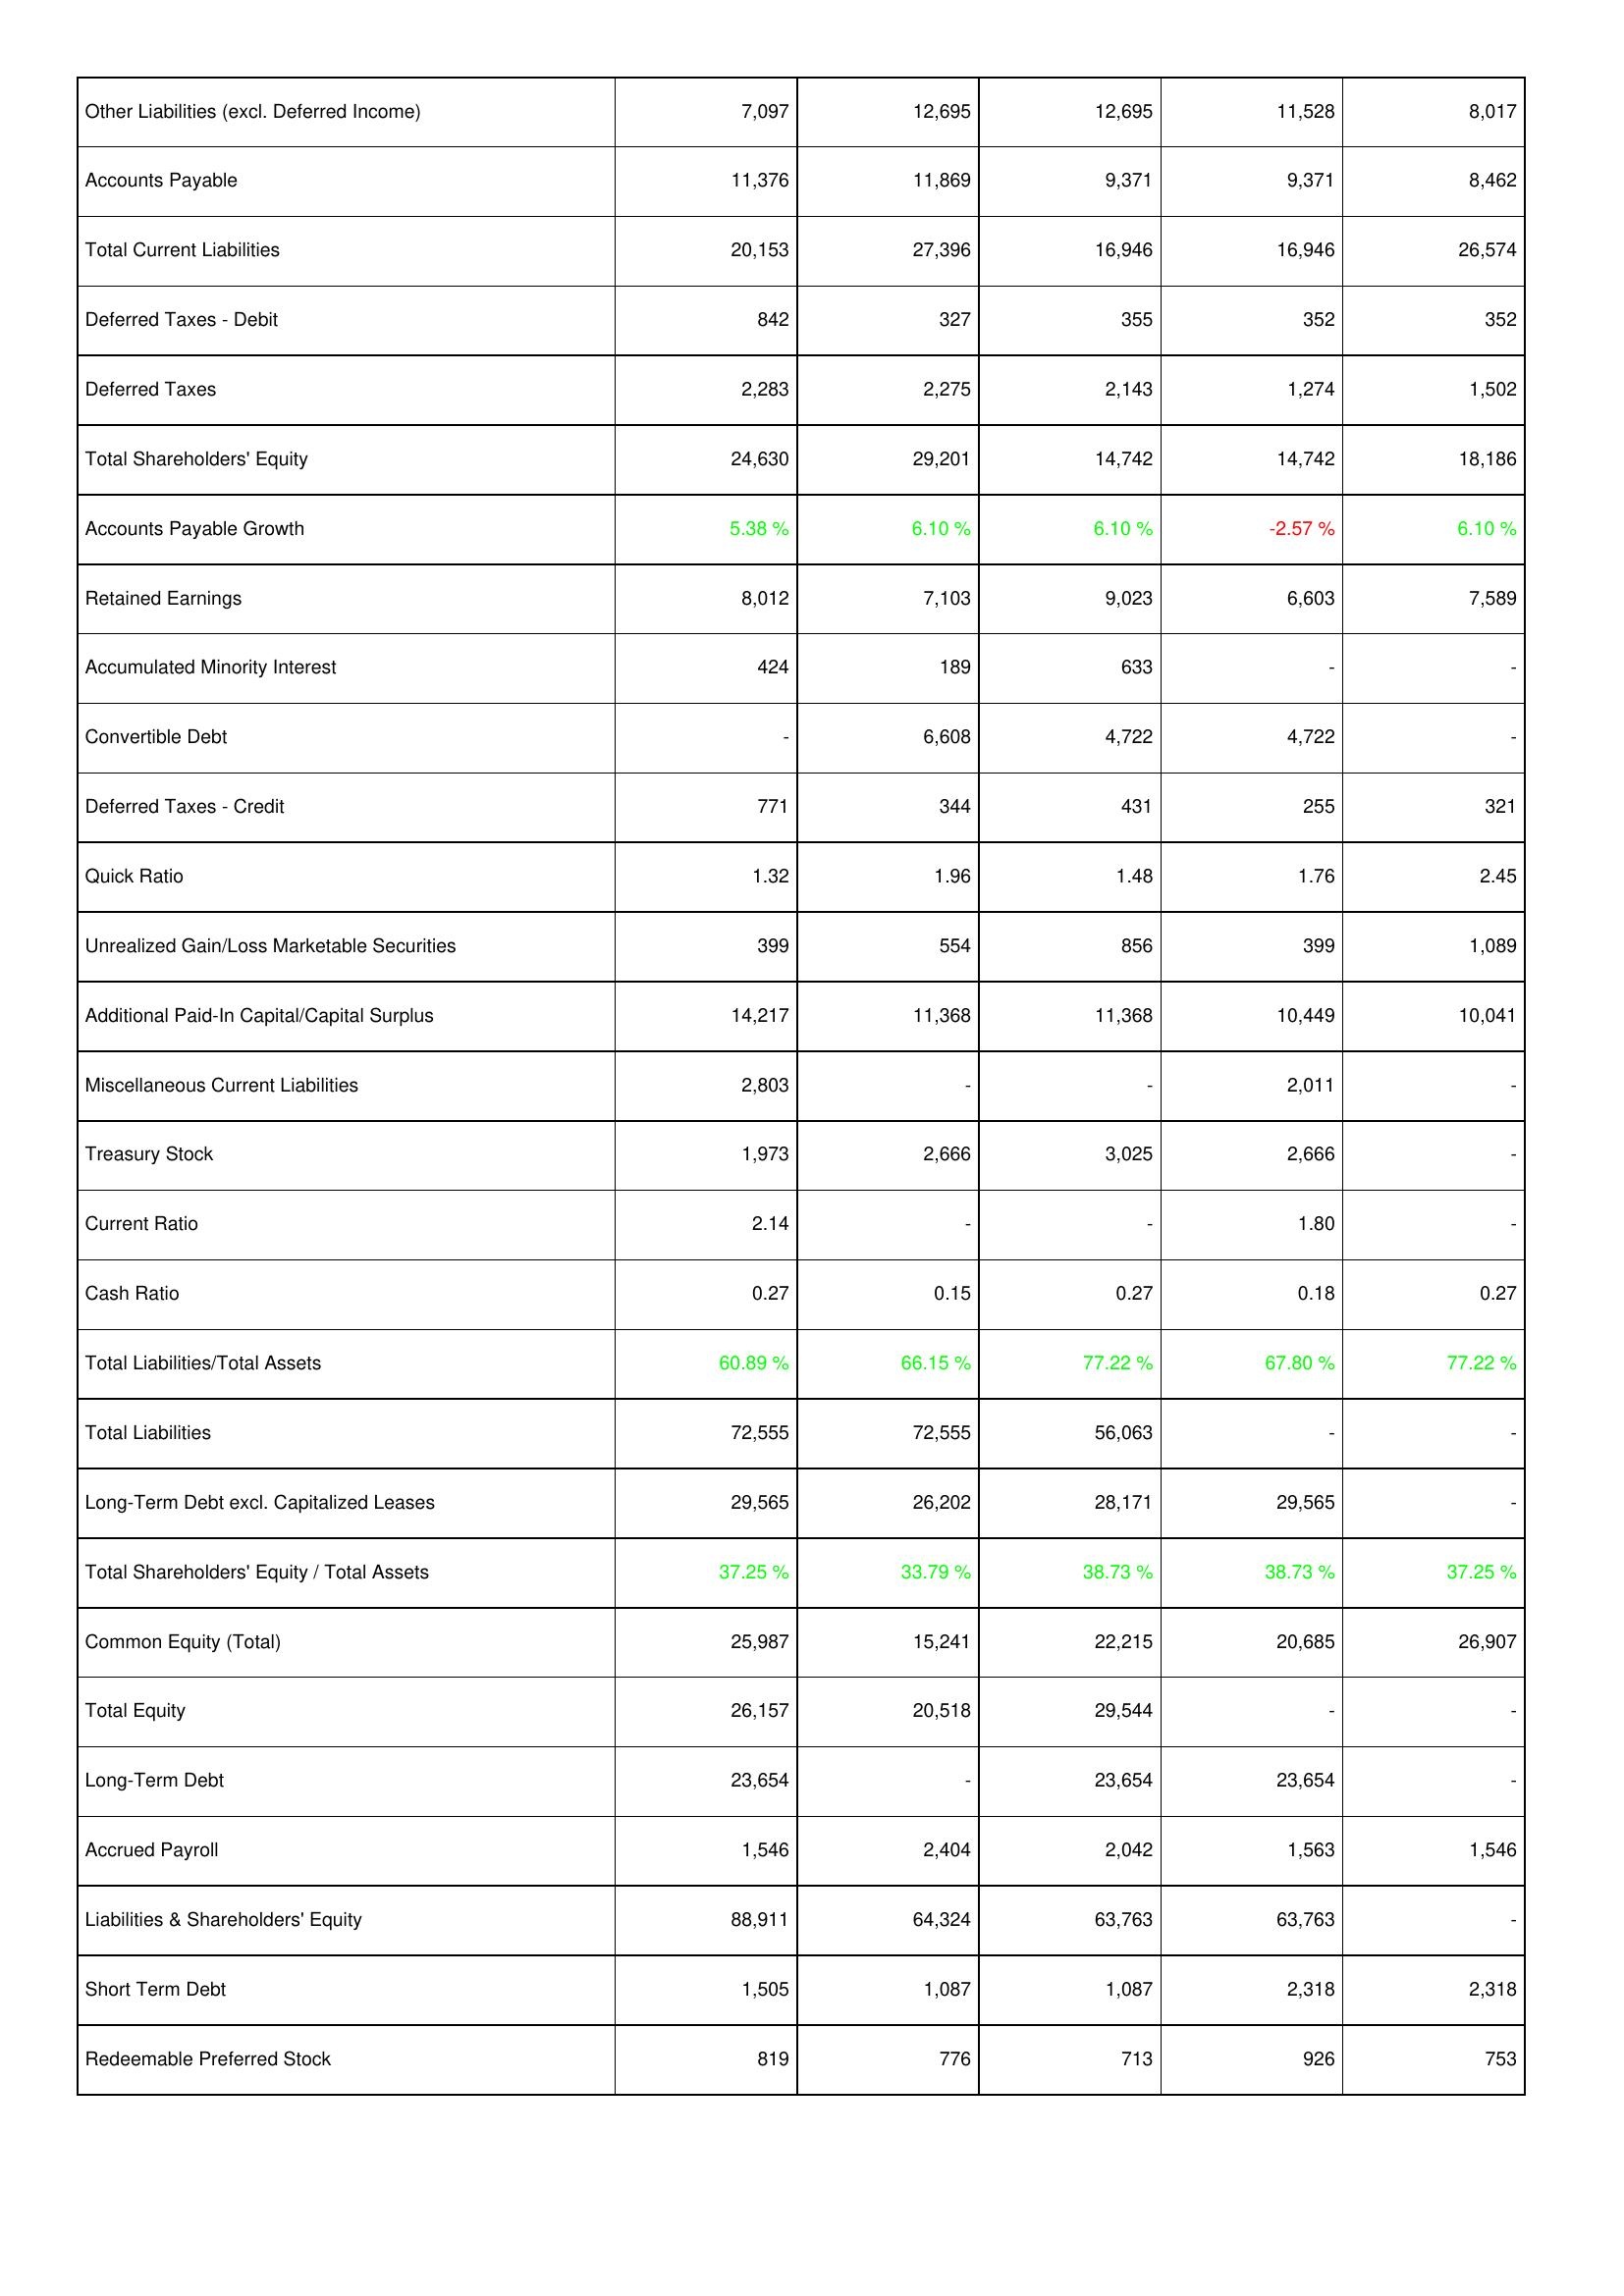
2017: Liabilities & Shareholders' Equity: Other Liabilities (excl. Deferred Income): 7,097
Accounts Payable: 11,376
Total Current Liabilities: 20,153
Deferred Taxes - Debit: 842
Deferred Taxes: 2,283
Total Shareholders' Equity: 24,630
Accounts Payable Growth: 5.38 %
Retained Earnings: 8,012
Accumulated Minority Interest: 424
Convertible Debt: -
Deferred Taxes - Credit: 771
Quick Ratio: 1.32
Unrealized Gain/Loss Marketable Securities: 399
Additional Paid-In Capital/Capital Surplus: 14,217
Miscellaneous Current Liabilities: 2,803
Treasury Stock: 1,973
Current Ratio: 2.14
Cash Ratio: 0.27
Total Liabilities/Total Assets: 60.89 %
Total Liabilities: 72,555
Long-Term Debt excl. Capitalized Leases: 29,565
Total Shareholders' Equity / Total Assets: 37.25 %
Common Equity (Total): 25,987
Total Equity: 26,157
Long-Term Debt: 23,654
Accrued Payroll: 1,546
Liabilities & Shareholders' Equity: 88,911
Short Term Debt: 1,505
Redeemable Preferred Stock: 819
2016: Liabilities & Shareholders' Equity: Other Liabilities (excl. Deferred Income): 12,695
Accounts Payable: 11,869
Total Current Liabilities: 27,396
Deferred Taxes - Debit: 327
Deferred Taxes: 2,275
Total Shareholders' Equity: 29,201
Accounts Payable Growth: 6.10 %
Retained Earnings: 7,103
Accumulated Minority Interest: 189
Convertible Debt: 6,608
Deferred Taxes - Credit: 344
Quick Ratio: 1.96
Unrealized Gain/Loss Marketable Securities: 554
Additional Paid-In Capital/Capital Surplus: 11,368
Miscellaneous Current Liabilities: -
Treasury Stock: 2,666
Current Ratio: -
Cash Ratio: 0.15
Total Liabilities/Total Assets: 66.15 %
Total Liabilities: 72,555
Long-Term Debt excl. Capitalized Leases: 26,202
Total Shareholders' Equity / Total Assets: 33.79 %
Common Equity (Total): 15,241
Total Equity: 20,518
Long-Term Debt: -
Accrued Payroll: 2,404
Liabilities & Shareholders' Equity: 64,324
Short Term Debt: 1,087
Redeemable Preferred Stock: 776
2015: Liabilities & Shareholders' Equity: Other Liabilities (excl. Deferred Income): 12,695
Accounts Payable: 9,371
Total Current Liabilities: 16,946
Deferred Taxes - Debit: 355
Deferred Taxes: 2,143
Total Shareholders' Equity: 14,742
Accounts Payable Growth: 6.10 %
Retained Earnings: 9,023
Accumulated Minority Interest: 633
Convertible Debt: 4,722
Deferred Taxes - Credit: 431
Quick Ratio: 1.48
Unrealized Gain/Loss Marketable Securities: 856
Additional Paid-In Capital/Capital Surplus: 11,368
Miscellaneous Current Liabilities: -
Treasury Stock: 3,025
Current Ratio: -
Cash Ratio: 0.27
Total Liabilities/Total Assets: 77.22 %
Total Liabilities: 56,063
Long-Term Debt excl. Capitalized Leases: 28,171
Total Shareholders' Equity / Total Assets: 38.73 %
Common Equity (Total): 22,215
Total Equity: 29,544
Long-Term Debt: 23,654
Accrued Payroll: 2,042
Liabilities & Shareholders' Equity: 63,763
Short Term Debt: 1,087
Redeemable Preferred Stock: 713
2014: Liabilities & Shareholders' Equity: Other Liabilities (excl. Deferred Income): 11,528
Accounts Payable: 9,371
Total Current Liabilities: 16,946
Deferred Taxes - Debit: 352
Deferred Taxes: 1,274
Total Shareholders' Equity: 14,742
Accounts Payable Growth: -2.57 %
Retained Earnings: 6,603
Accumulated Minority Interest: -
Convertible Debt: 4,722
Deferred Taxes - Credit: 255
Quick Ratio: 1.76
Unrealized Gain/Loss Marketable Securities: 399
Additional Paid-In Capital/Capital Surplus: 10,449
Miscellaneous Current Liabilities: 2,011
Treasury Stock: 2,666
Current Ratio: 1.80
Cash Ratio: 0.18
Total Liabilities/Total Assets: 67.80 %
Total Liabilities: -
Long-Term Debt excl. Capitalized Leases: 29,565
Total Shareholders' Equity / Total Assets: 38.73 %
Common Equity (Total): 20,685
Total Equity: -
Long-Term Debt: 23,654
Accrued Payroll: 1,563
Liabilities & Shareholders' Equity: 63,763
Short Term Debt: 2,318
Redeemable Preferred Stock: 926
2013: Liabilities & Shareholders' Equity: Other Liabilities (excl. Deferred Income): 8,017
Accounts Payable: 8,462
Total Current Liabilities: 26,574
Deferred Taxes - Debit: 352
Deferred Taxes: 1,502
Total Shareholders' Equity: 18,186
Accounts Payable Growth: 6.10 %
Retained Earnings: 7,589
Accumulated Minority Interest: -
Convertible Debt: -
Deferred Taxes - Credit: 321
Quick Ratio: 2.45
Unrealized Gain/Loss Marketable Securities: 1,089
Additional Paid-In Capital/Capital Surplus: 10,041
Miscellaneous Current Liabilities: -
Treasury Stock: -
Current Ratio: -
Cash Ratio: 0.27
Total Liabilities/Total Assets: 77.22 %
Total Liabilities: -
Long-Term Debt excl. Capitalized Leases: -
Total Shareholders' Equity / Total Assets: 37.25 %
Common Equity (Total): 26,907
Total Equity: -
Long-Term Debt: -
Accrued Payroll: 1,546
Liabilities & Shareholders' Equity: -
Short Term Debt: 2,318
Redeemable Preferred Stock: 753